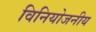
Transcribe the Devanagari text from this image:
विनियोजनीय